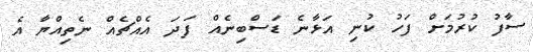
ސާފު ކުރުމަށް ފަހު ކުނި އަޅާނެ ޑަސްބިނެއް ފަދަ އެއްޗެއް ނެތިއްޔާ އެ